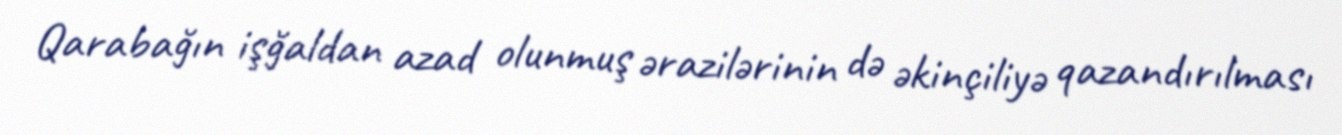
Qarabağın işğaldan azad olunmuş ərazilərinin də əkinçiliyə qazandırılması